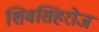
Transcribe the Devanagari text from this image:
शिवसिंहरोज